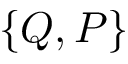
\{ Q , P \}